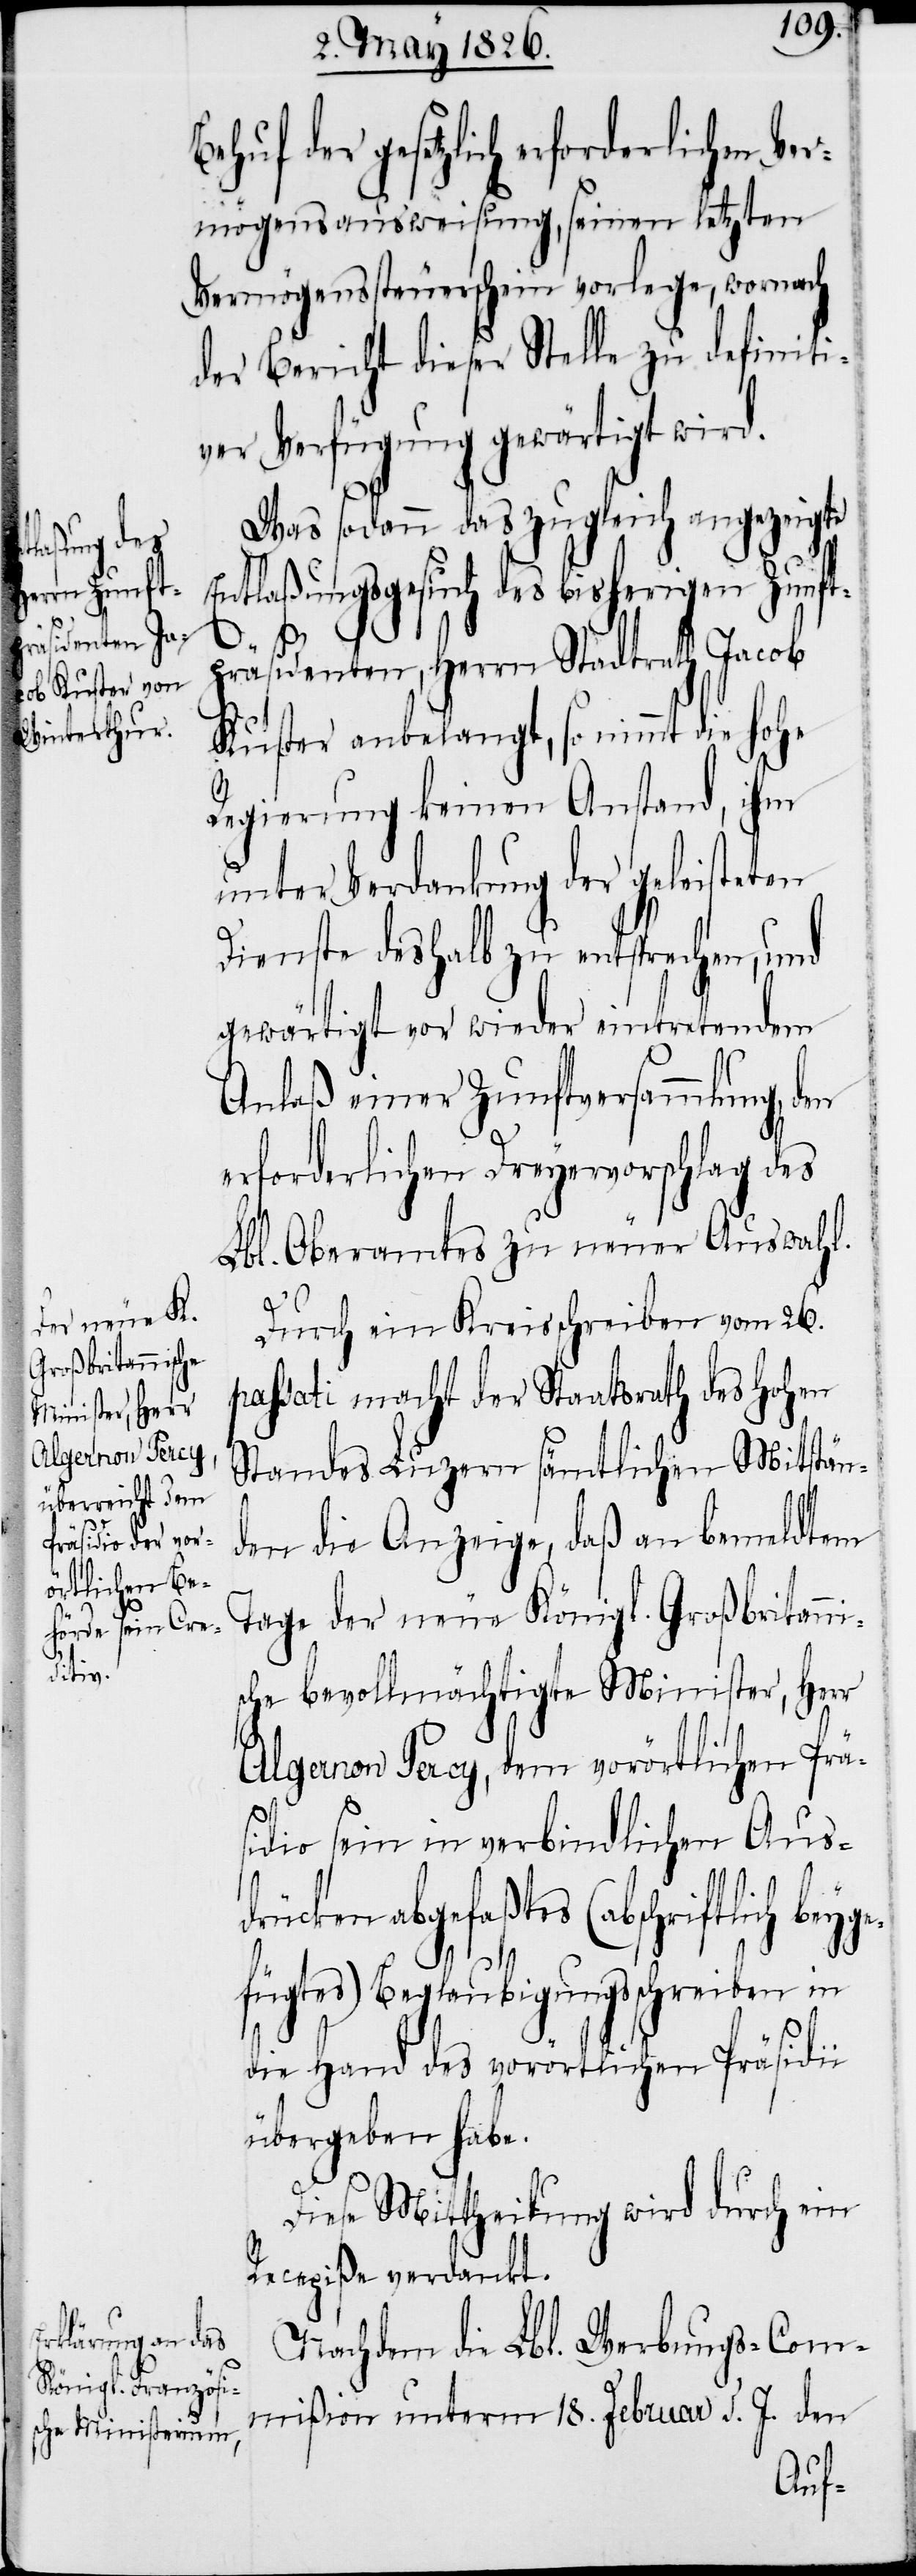
ge¬

ehuf der gesetzlich erforderlichen Ve¬
rmögensausweisung, seinen letzten
Vermögenssteuerschein vorlege, wornach
der Bericht dieser Stelle zu definiti¬
ver Verfügung gewärtigt wird.
Was sodann das zugleich angezeigte
Entlaßungsgesuch des bisherigen Zunft¬
präsidenten, Herrn Stadtrath Jacob
Kuster anbelangt, so nimmt die hohe
Regierung keinen Anstand, ihm
unter Verdankung der geleisteten
Dienste deshalb zu entsprechen, und
gewärtigt vor wieder eintretendem
Anlaß einer Zunftversammlung, den
erforderlichen Dreyervorschlag des
Lbl. Oberamtes zu neuer Auswahl.
i
Durch ein Kreisschreiben vom 26.
passati macht der Staatsrath des hohen
Standes Luzern sämtlichen Mitstän¬
den die Anzeige, daß an bemeldtem
Tage der neue Königl. Großbritann¬
sche bevollmächtigte Minister, Herr
Algernon Percy, dem vorörtlichen Prä¬
sidio sein in verbindlichen Aus¬
drücken abgefaßtes (abschriftlich bey¬
fügtes) Beglaubigungsschreiben in
die Hand des vorörtlichen Präsidi¬
übergeben habe.
Diese Mittheilung wird durch ein
Recepiße verdankt.
Nachdem die Lbl. Werbungs-Com¬
mißion unterm 18. Februar d. J. den